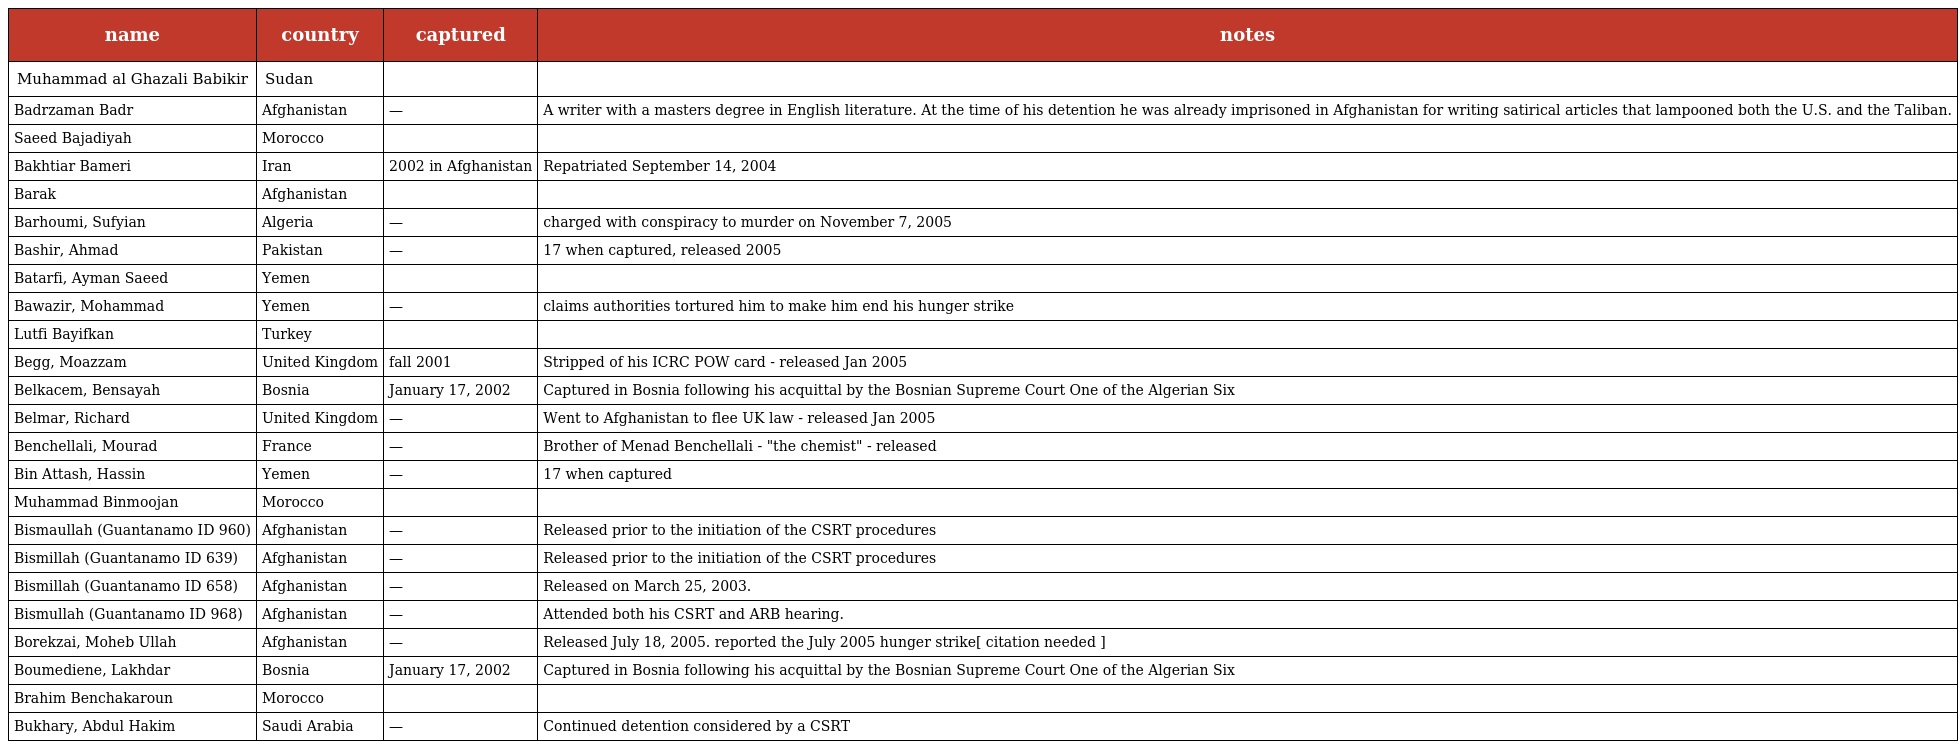
| name | country | captured | notes |
 | --- | --- | --- | --- |
 | Muhammad al Ghazali Babikir | Sudan |  |  |
 | Badrzaman Badr | Afghanistan | — | A writer with a masters degree in English literature. At the time of his detention he was already imprisoned in Afghanistan for writing satirical articles that lampooned both the U.S. and the Taliban. |
 | Saeed Bajadiyah | Morocco |  |  |
 | Bakhtiar Bameri | Iran | 2002 in Afghanistan | Repatriated September 14, 2004 |
 | Barak | Afghanistan |  |  |
 | Barhoumi, Sufyian | Algeria | — | charged with conspiracy to murder on November 7, 2005 |
 | Bashir, Ahmad | Pakistan | — | 17 when captured, released 2005 |
 | Batarfi, Ayman Saeed | Yemen |  |  |
 | Bawazir, Mohammad | Yemen | — | claims authorities tortured him to make him end his hunger strike |
 | Lutfi Bayifkan | Turkey |  |  |
 | Begg, Moazzam | United Kingdom | fall 2001 | Stripped of his ICRC POW card - released Jan 2005 |
 | Belkacem, Bensayah | Bosnia | January 17, 2002 | Captured in Bosnia following his acquittal by the Bosnian Supreme Court One of the Algerian Six |
 | Belmar, Richard | United Kingdom | — | Went to Afghanistan to flee UK law - released Jan 2005 |
 | Benchellali, Mourad | France | — | Brother of Menad Benchellali - "the chemist" - released |
 | Bin Attash, Hassin | Yemen | — | 17 when captured |
 | Muhammad Binmoojan | Morocco |  |  |
 | Bismaullah (Guantanamo ID 960) | Afghanistan | — | Released prior to the initiation of the CSRT procedures |
 | Bismillah (Guantanamo ID 639) | Afghanistan | — | Released prior to the initiation of the CSRT procedures |
 | Bismillah (Guantanamo ID 658) | Afghanistan | — | Released on March 25, 2003. |
 | Bismullah (Guantanamo ID 968) | Afghanistan | — | Attended both his CSRT and ARB hearing. |
 | Borekzai, Moheb Ullah | Afghanistan | — | Released July 18, 2005. reported the July 2005 hunger strike[ citation needed ] |
 | Boumediene, Lakhdar | Bosnia | January 17, 2002 | Captured in Bosnia following his acquittal by the Bosnian Supreme Court One of the Algerian Six |
 | Brahim Benchakaroun | Morocco |  |  |
 | Bukhary, Abdul Hakim | Saudi Arabia | — | Continued detention considered by a CSRT |